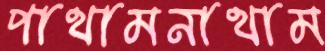
পাথামনাথাম